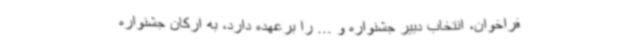
فراخوان، انتخاب دبیر جشنواره و ... را برعهده دارد، به ارکان جشنواره